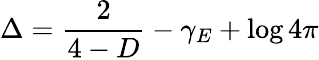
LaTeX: \Delta=\frac{2}{4-D}-\gamma_{E}+\log 4\pi